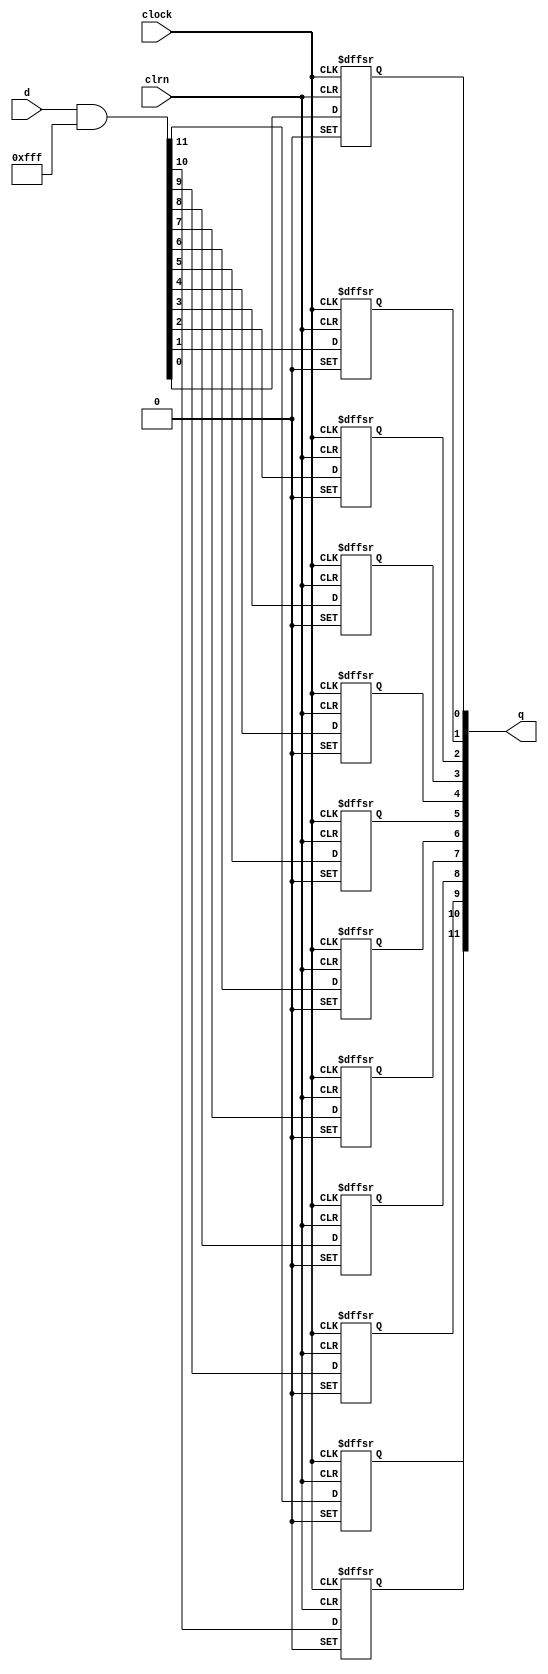
module  fifo_4k_dffpipe_em2
	( 
	clock,
	clrn,
	d,
	q) 
		;
	input   clock;
	input   clrn;
	input   [11:0]  d;
	output   [11:0]  q;
	wire	[11:0]	wire_dffe6a_D;
	reg	[11:0]	dffe6a;
	wire ena;
	wire prn;
	wire sclr;
	initial
		dffe6a[0:0] = 0;
	always @ ( posedge clock or  negedge prn or  negedge clrn)
		if (prn == 1'b0) dffe6a[0:0] <= 1'b1;
		else if (clrn == 1'b0) dffe6a[0:0] <= 1'b0;
		else if  (ena == 1'b1)   dffe6a[0:0] <= wire_dffe6a_D[0:0];
	initial
		dffe6a[1:1] = 0;
	always @ ( posedge clock or  negedge prn or  negedge clrn)
		if (prn == 1'b0) dffe6a[1:1] <= 1'b1;
		else if (clrn == 1'b0) dffe6a[1:1] <= 1'b0;
		else if  (ena == 1'b1)   dffe6a[1:1] <= wire_dffe6a_D[1:1];
	initial
		dffe6a[2:2] = 0;
	always @ ( posedge clock or  negedge prn or  negedge clrn)
		if (prn == 1'b0) dffe6a[2:2] <= 1'b1;
		else if (clrn == 1'b0) dffe6a[2:2] <= 1'b0;
		else if  (ena == 1'b1)   dffe6a[2:2] <= wire_dffe6a_D[2:2];
	initial
		dffe6a[3:3] = 0;
	always @ ( posedge clock or  negedge prn or  negedge clrn)
		if (prn == 1'b0) dffe6a[3:3] <= 1'b1;
		else if (clrn == 1'b0) dffe6a[3:3] <= 1'b0;
		else if  (ena == 1'b1)   dffe6a[3:3] <= wire_dffe6a_D[3:3];
	initial
		dffe6a[4:4] = 0;
	always @ ( posedge clock or  negedge prn or  negedge clrn)
		if (prn == 1'b0) dffe6a[4:4] <= 1'b1;
		else if (clrn == 1'b0) dffe6a[4:4] <= 1'b0;
		else if  (ena == 1'b1)   dffe6a[4:4] <= wire_dffe6a_D[4:4];
	initial
		dffe6a[5:5] = 0;
	always @ ( posedge clock or  negedge prn or  negedge clrn)
		if (prn == 1'b0) dffe6a[5:5] <= 1'b1;
		else if (clrn == 1'b0) dffe6a[5:5] <= 1'b0;
		else if  (ena == 1'b1)   dffe6a[5:5] <= wire_dffe6a_D[5:5];
	initial
		dffe6a[6:6] = 0;
	always @ ( posedge clock or  negedge prn or  negedge clrn)
		if (prn == 1'b0) dffe6a[6:6] <= 1'b1;
		else if (clrn == 1'b0) dffe6a[6:6] <= 1'b0;
		else if  (ena == 1'b1)   dffe6a[6:6] <= wire_dffe6a_D[6:6];
	initial
		dffe6a[7:7] = 0;
	always @ ( posedge clock or  negedge prn or  negedge clrn)
		if (prn == 1'b0) dffe6a[7:7] <= 1'b1;
		else if (clrn == 1'b0) dffe6a[7:7] <= 1'b0;
		else if  (ena == 1'b1)   dffe6a[7:7] <= wire_dffe6a_D[7:7];
	initial
		dffe6a[8:8] = 0;
	always @ ( posedge clock or  negedge prn or  negedge clrn)
		if (prn == 1'b0) dffe6a[8:8] <= 1'b1;
		else if (clrn == 1'b0) dffe6a[8:8] <= 1'b0;
		else if  (ena == 1'b1)   dffe6a[8:8] <= wire_dffe6a_D[8:8];
	initial
		dffe6a[9:9] = 0;
	always @ ( posedge clock or  negedge prn or  negedge clrn)
		if (prn == 1'b0) dffe6a[9:9] <= 1'b1;
		else if (clrn == 1'b0) dffe6a[9:9] <= 1'b0;
		else if  (ena == 1'b1)   dffe6a[9:9] <= wire_dffe6a_D[9:9];
	initial
		dffe6a[10:10] = 0;
	always @ ( posedge clock or  negedge prn or  negedge clrn)
		if (prn == 1'b0) dffe6a[10:10] <= 1'b1;
		else if (clrn == 1'b0) dffe6a[10:10] <= 1'b0;
		else if  (ena == 1'b1)   dffe6a[10:10] <= wire_dffe6a_D[10:10];
	initial
		dffe6a[11:11] = 0;
	always @ ( posedge clock or  negedge prn or  negedge clrn)
		if (prn == 1'b0) dffe6a[11:11] <= 1'b1;
		else if (clrn == 1'b0) dffe6a[11:11] <= 1'b0;
		else if  (ena == 1'b1)   dffe6a[11:11] <= wire_dffe6a_D[11:11];
	assign
		wire_dffe6a_D = (d & {12{(~ sclr)}});
	assign
		ena = 1'b1,
		prn = 1'b1,
		q = dffe6a,
		sclr = 1'b0;
endmodule